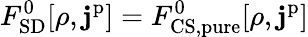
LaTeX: F_{\mathrm{SD}}^{0}[\rho,\mathbf{j}^{\mathrm{p}}]=F_{\mathrm{CS,pure}}^{0}[\rho,\mathbf{j}^{\mathrm{p}}]